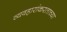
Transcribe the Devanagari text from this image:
व्यवहारांकरताच्या